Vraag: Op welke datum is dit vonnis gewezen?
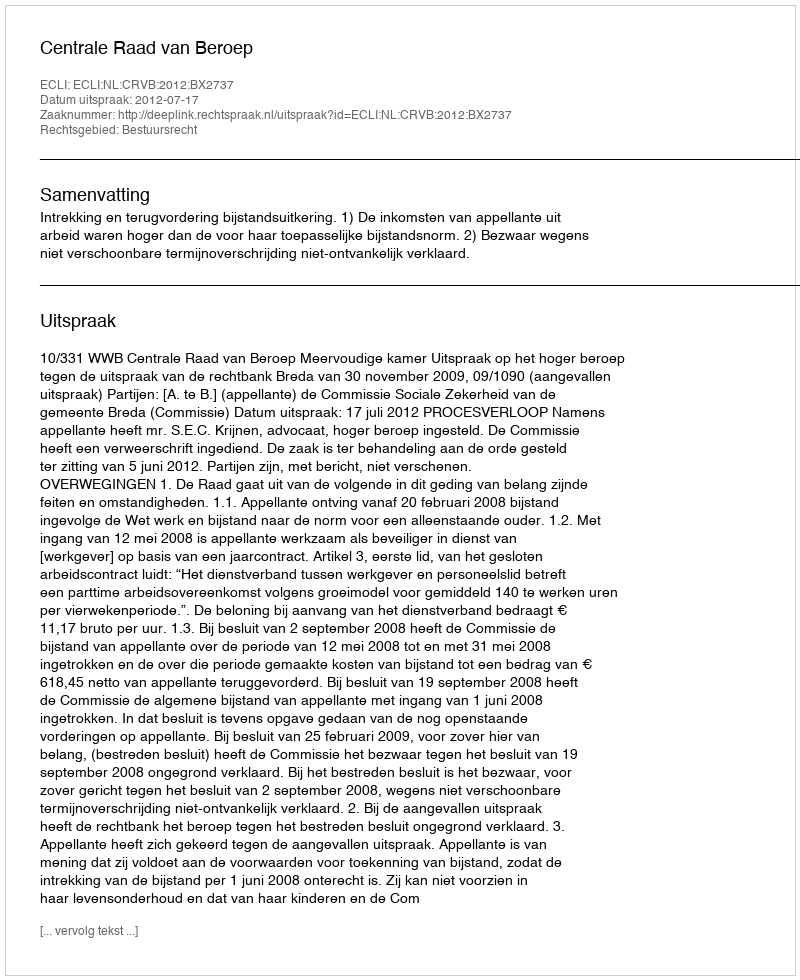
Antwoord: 2012-07-17